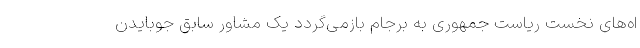
اه‌های نخست ریاست جمهوری به برجام بازمی‌گردد یک مشاور سابق جوبایدن